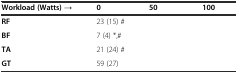
<table><thead><tr><td><b>Workload (Watts) →</b></td><td><b>0</b></td><td><b>50</b></td><td><b>100</b></td></tr></thead><tbody><tr><td><b>RF</b></td><td>23 (15) #</td><td>[EMPTY_CELL]</td><td>[EMPTY_CELL]</td></tr><tr><td><b>BF</b></td><td>7 (4) *,#</td><td>[EMPTY_CELL]</td><td>[EMPTY_CELL]</td></tr><tr><td><b>TA</b></td><td>21 (24) #</td><td>[EMPTY_CELL]</td><td>[EMPTY_CELL]</td></tr><tr><td><b>GT</b></td><td>59 (27)</td><td>[EMPTY_CELL]</td><td>[EMPTY_CELL]</td></tr></tbody></table>